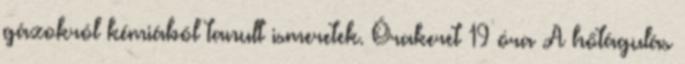
gázokról kémiából tanult ismeretek. Órakeret 19 óra A hőtágulás